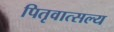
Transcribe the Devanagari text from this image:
पितृवात्सल्य